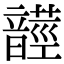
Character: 𩐺